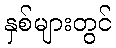
နှစ်များတွင်